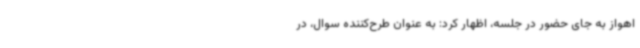
اهواز به جای حضور در جلسه، اظهار کرد: به عنوان طرح‌کننده سوال، در